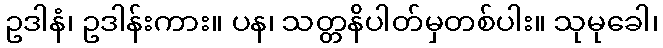
ဥဒါနံ၊ ဥဒါန်းကား။ ပန၊ သတ္တနိပါတ်မှတစ်ပါး။ သုမုခေါ၊